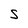
Character: S